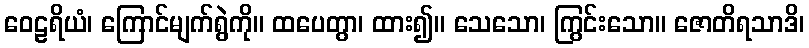
ဝေဠရိယံ၊ ကြောင်မျက်ရွဲကို။ ထပေတွာ၊ ထား၍။ သေသော၊ ကြွင်းသော။ ဇောတိရသာဒိ၊